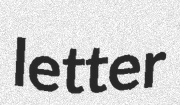
letter